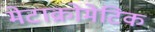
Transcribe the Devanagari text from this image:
मेटाक्रोमेटिक